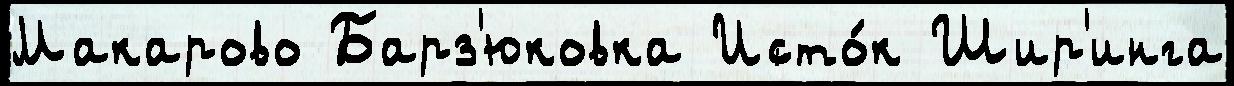
Макарово Барз'юковка Исто́к Шир'инга